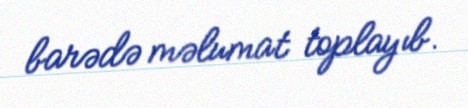
barədə məlumat toplayıb.